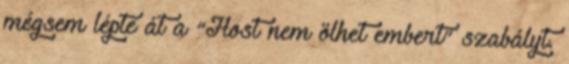
mégsem lépte át a “Host nem ölhet embert” szabályt.